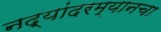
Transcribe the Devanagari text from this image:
नद्यांदरम्यानचा